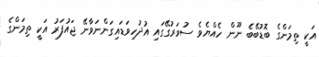
އަކީ ތިމަންގެ ބޮޑުބޭބެ ނޫން ހެއްޔެވެ ސުވަރުގޭގައި އުދުހިވަޑައިގަންނަވާނޭ ޖައުފަރު އަކީ ތިމަންގެ